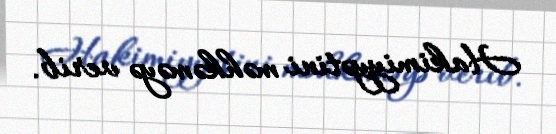
Hakimiyyətini məhkəməyə verib.